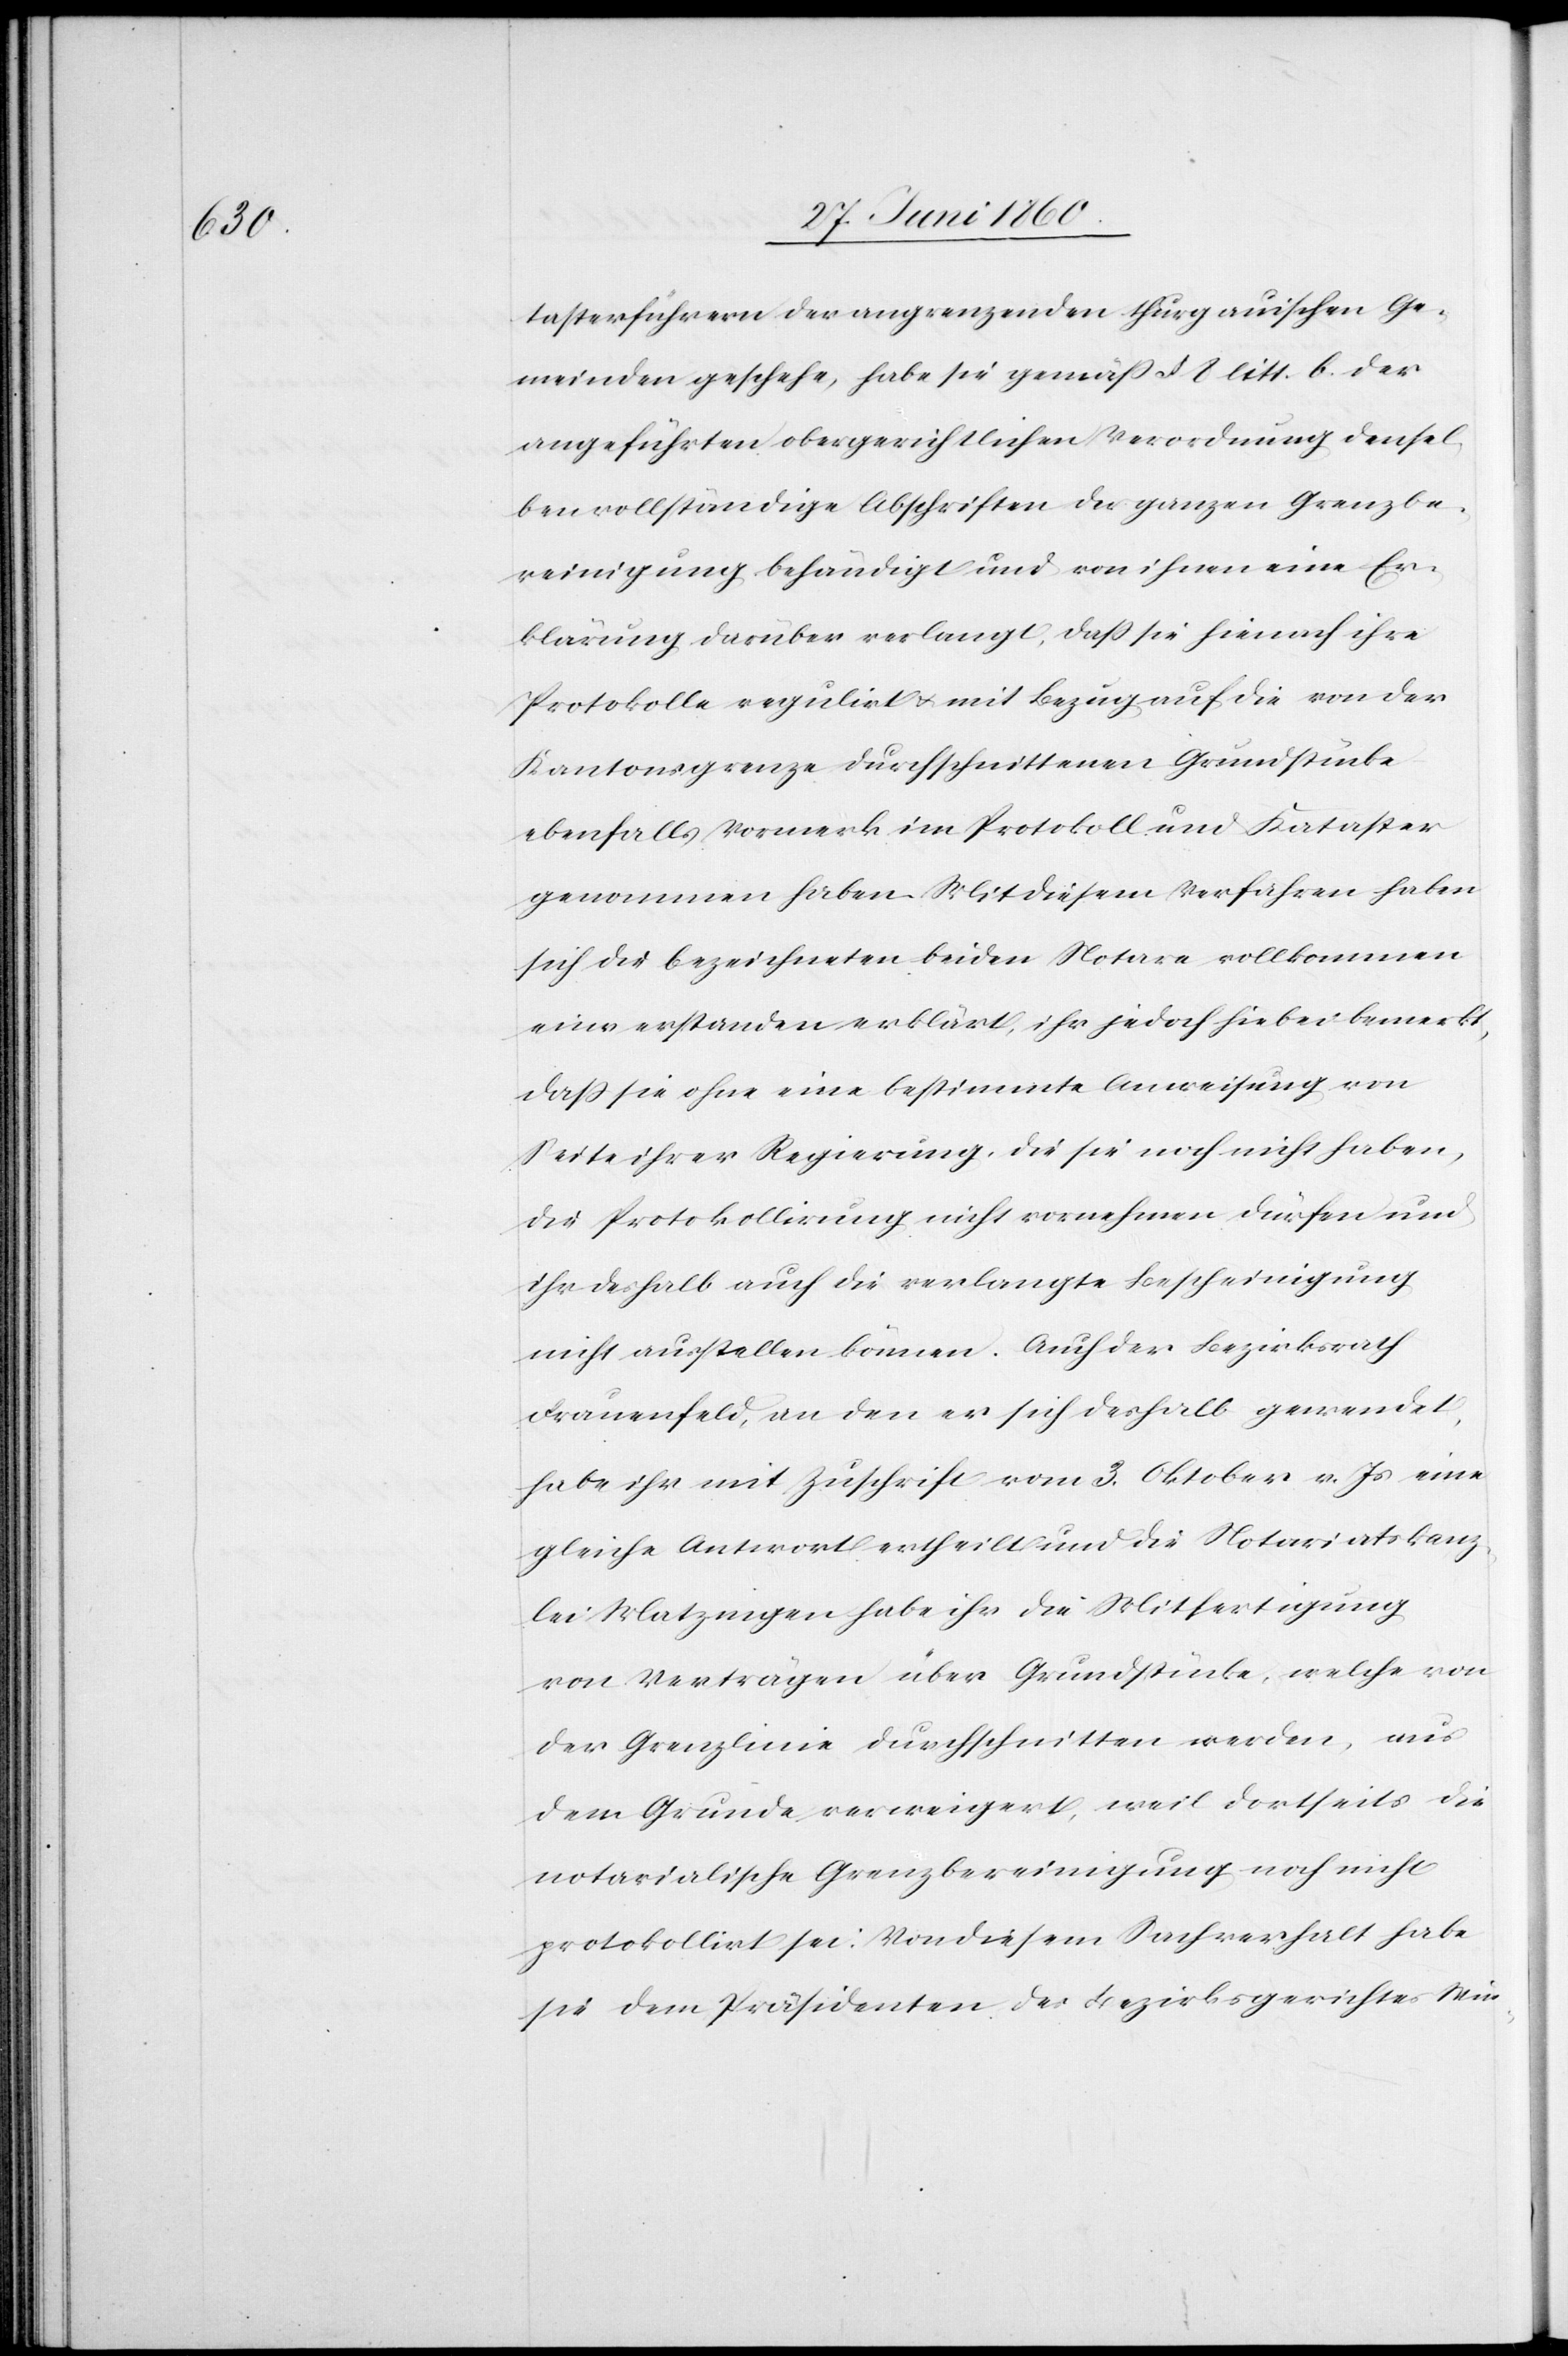
tasterführern der angrenzenden thurgauischen Ge¬
meinden geschehe, habe sie gemäss §. 8 litt. b. der
angeführten obergerichtlichen Verordnung densel¬
ben vollständige Abschriften der ganzen Grenzbe¬
reinigung behändigt und von ihnen eine Er¬
klärung darüber verlangt, dass sie hienach ihre
Protokolle regulirt u. mit Bezug auf die von der
Kantonsgrenze durchschnittenen Grundstücke
ebenfalls Vormerk im Protokoll und Kataster
genommen haben. Mit diesem Verfahren haben
sich die bezeichneten beiden Notare vollkommen
einverstanden erklärt, ihr jedoch hiebei bemerkt,
dass sie ohne eine bestimmte Anweisung von
Seite ihrer Regierung, die sie noch nicht haben,
die Protokollirung nicht vornehmen dürfen und
ihr deshalb auch die verlangte Bescheinigung
nicht ausstellen können. Auch der Bezirksrath
Frauenfeld, an den er sich deshalb gewendet,
habe ihr mit Zuschrift vom 3. Oktober v. Js. eine
gleiche Antwort ertheilt und die Notariatskanz¬
lei Matzingen habe ihr die Mitfertigung
von Verträgen über Grundstücke, welche von
der Grenzlinie durchschnitten werden, aus
dem Grunde verweigert, weil dortseits die
notarialische Grenzbereinigung noch nicht
protokollirt sei. Von diesem Sachverhalt habe
sie dem Präsidenten des Bezirksgerichtes Win-